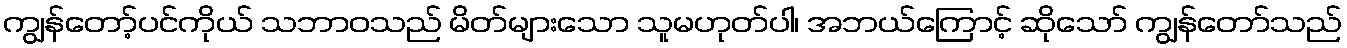
ကျွန်တော့်ပင်ကိုယ် သဘာဝသည် မိတ်များသော သူမဟုတ်ပါ၊ အဘယ်ကြောင့် ဆိုသော် ကျွန်တော်သည်